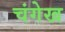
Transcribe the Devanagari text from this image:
चंगेख